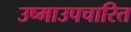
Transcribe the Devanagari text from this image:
उष्माउपचारित